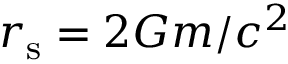
r _ { \mathrm { s } } = { 2 G m } / { c ^ { 2 } }